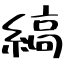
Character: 縞